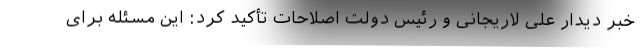
خبر دیدار علی لاریجانی و رئیس دولت اصلاحات تأکید کرد: این مسئله برای